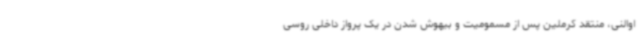
اوالنی، منتقد کرملین پس از مسمومیت و بیهوش شدن در یک پرواز داخلی روسی